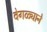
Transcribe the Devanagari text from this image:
वेगळ्याने